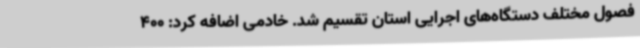
فصول مختلف دستگاه‌های اجرایی استان تقسیم شد. خادمی اضافه کرد: 400